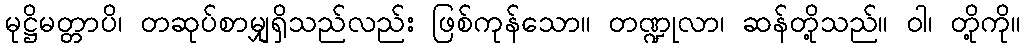
မုဋ္ဌိမတ္တာပိ၊ တဆုပ်စာမျှရှိသည်လည်း ဖြစ်ကုန်သော။ တဏ္ဍုလာ၊ ဆန်တို့သည်။ ဝါ၊ တို့ကို။